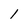
Character: l